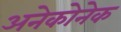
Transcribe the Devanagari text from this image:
अनेकोनेक